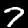
Label: 7